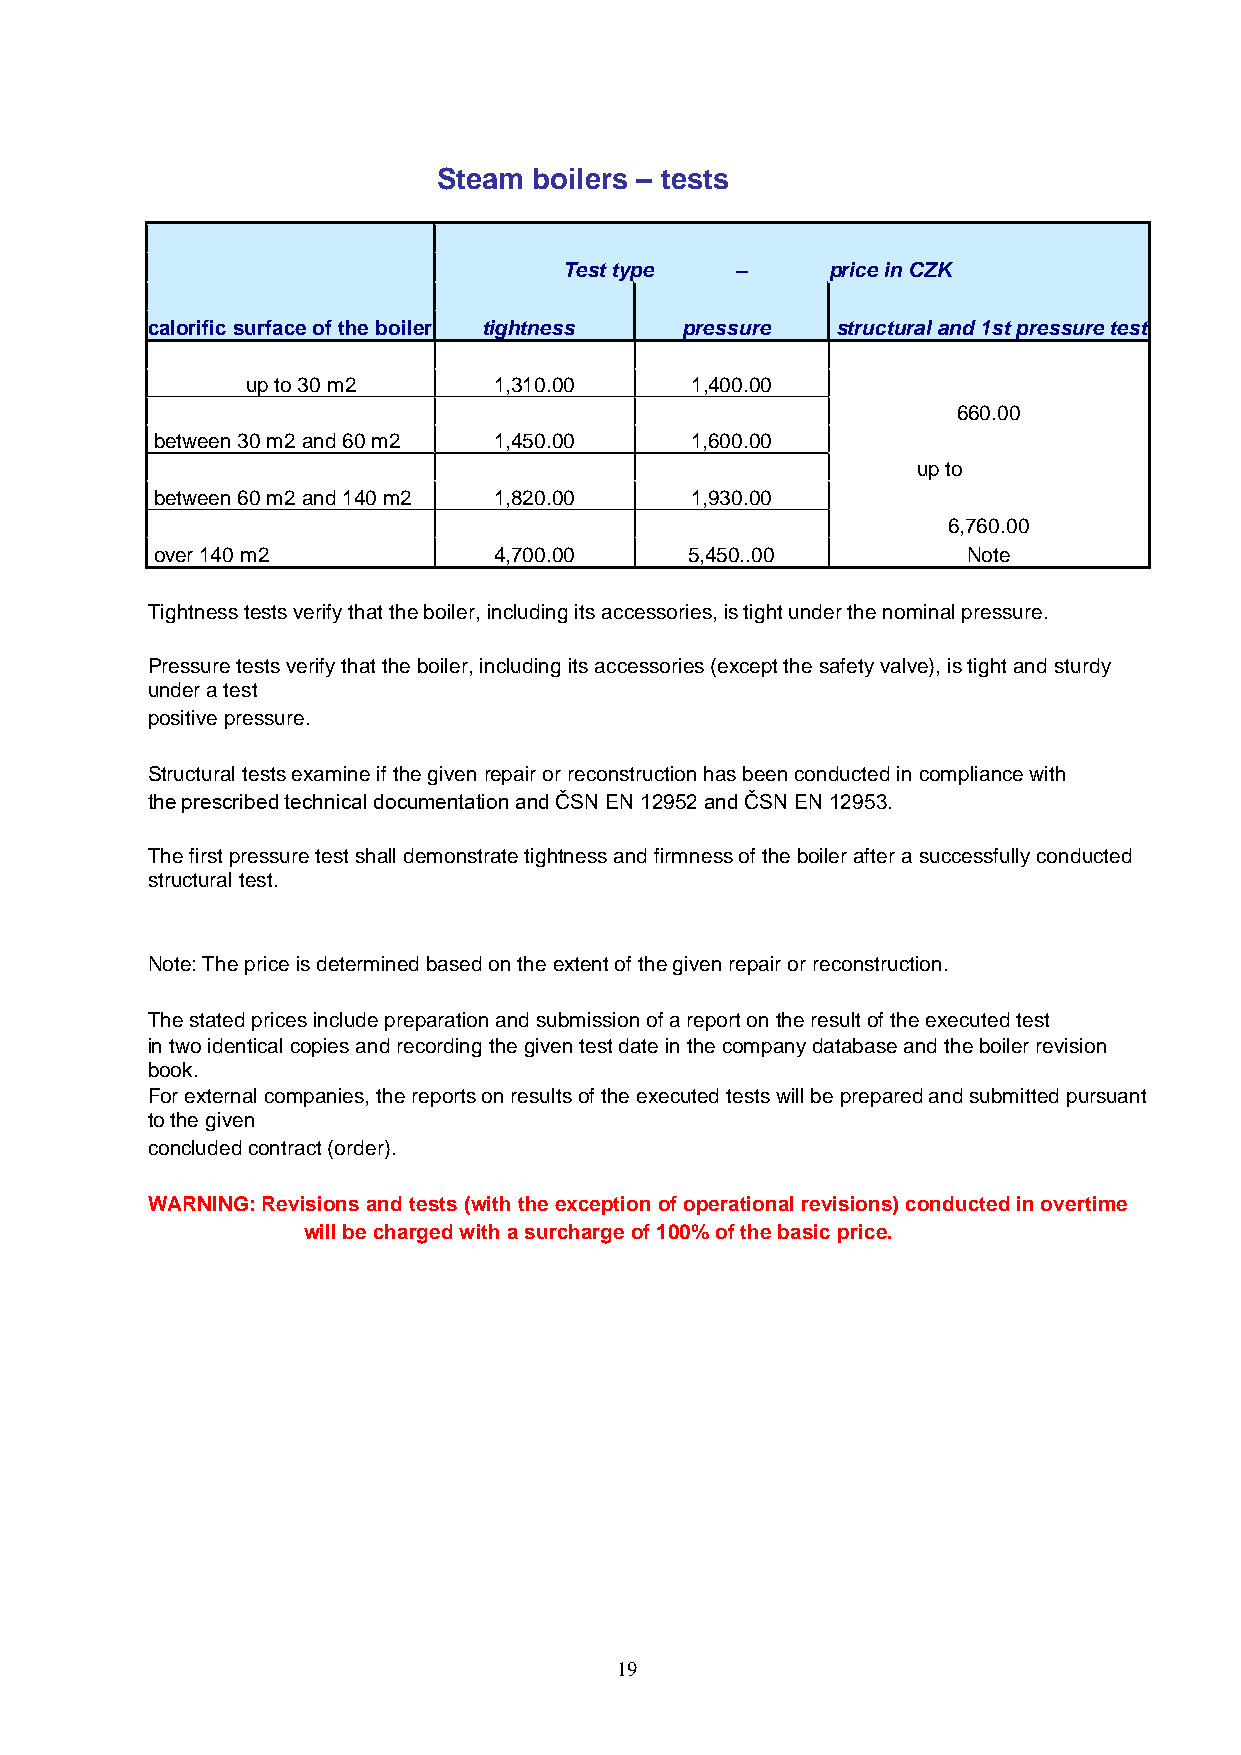
Steam boilers ‒ tests
 Test type   ‒     price in CZK
 calorific surface of the boiler tightness pressure structural and 1st pressure test
 up to 30 m2      1,310.00     1,400.00
 660.00
 between 30 m2 and 60 m2 1,450.00    1,600.00
 up to
 between 60 m2 and 140 m2 1,820.00   1,930.00
 6,760.00
 over 140 m2            4,700.00     5,450..00         Note
 Tightness tests verify that the boiler, including its accessories, is tight under the nominal pressure.
 Pressure tests verify that the boiler, including its accessories (except the safety valve), is tight and sturdy
 under a test
 positive pressure.
 Structural tests examine if the given repair or reconstruction has been conducted in compliance with
 the prescribed technical documentation and ČSN EN 12952 and ČSN EN 12953.
 The first pressure test shall demonstrate tightness and firmness of the boiler after a successfully conducted
 structural test.
 Note: The price is determined based on the extent of the given repair or reconstruction.
 The stated prices include preparation and submission of a report on the result of the executed test
 in two identical copies and recording the given test date in the company database and the boiler revision
 book.
 For external companies, the reports on results of the executed tests will be prepared and submitted pursuant
 to the given
 concluded contract (order).
 WARNING: Revisions and tests (with the exception of operational revisions) conducted in overtime
 will be charged with a surcharge of 100% of the basic price.
 19